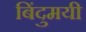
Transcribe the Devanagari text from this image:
बिंदुमयी